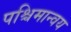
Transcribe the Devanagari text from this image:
पश्चिमान्वय